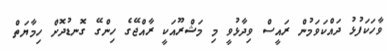
ވާހަކަފުޅު ދައްކަވަމުން ރައީސް ވިދާޅުވީ މި މަޝްރޫއަކީ ރާއްޖޭގެ ހިންގޭ ގޮނޑުދޮށް ހިމާޔަތް